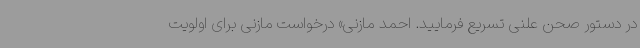
در دستور صحن علنی تسریع فرمایید. احمد مازنی» درخواست مازنی برای اولویت